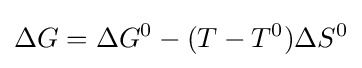
\Delta G=\Delta G^{0}-(T-T^{0})\Delta S^{0}